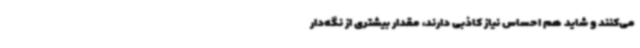
می‌کنند و شاید هم احساس نیاز کاذبی دارند، مقدار بیشتری از نگه‌دار